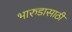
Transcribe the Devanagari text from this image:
भारुडासाठी